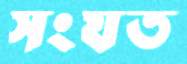
সংযত